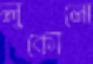
লুকোনো